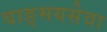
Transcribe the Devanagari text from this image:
वाङ्‌मयसेवा